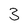
Character: 3